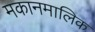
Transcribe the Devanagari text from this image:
मकानमालिक